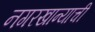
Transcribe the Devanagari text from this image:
नगरखान्याची